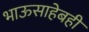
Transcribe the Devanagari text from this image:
भाऊसाहेबही